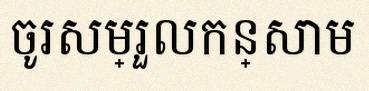
ចូរសម្រួលកន្សោម